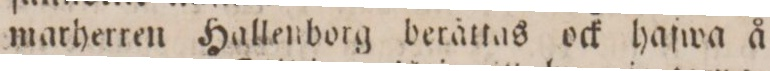
marherren Hallenborg berättas ock hafwa å